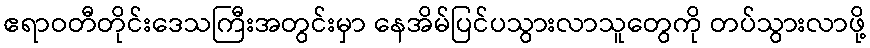
ဧရာဝတီတိုင်းဒေသကြီးအတွင်းမှာ နေအိမ်ပြင်ပသွားလာသူတွေကို တပ်သွားလာဖို့